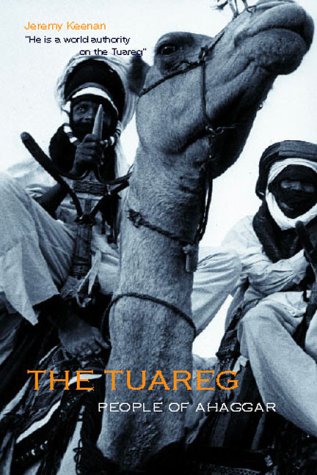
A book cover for The Tuareg: People of Ahaggar; Jeremy Keenan; History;